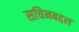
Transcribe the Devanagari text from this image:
सचिनबद्दल